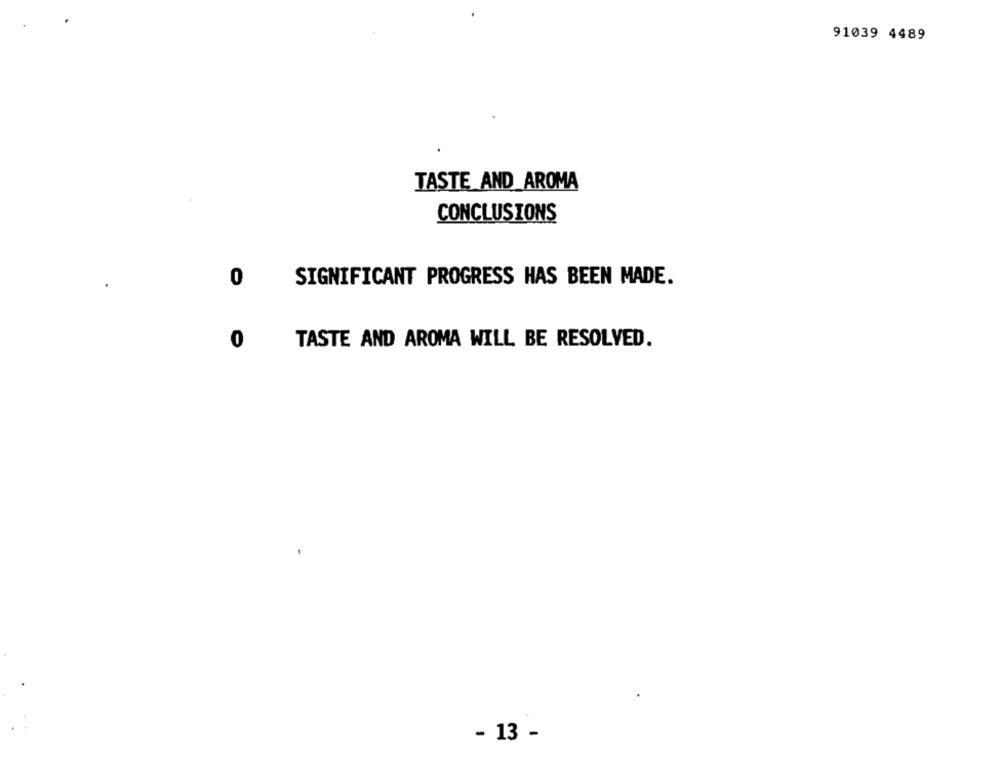
91039 4489
TASTE_ AND_AROMA
CONCLUSIONS
0
SIGNIFICANT PROGRESS HAS BEEN MADE.
0
TASTE AND AROMA WILL BE RESOLVED.
- 13 -